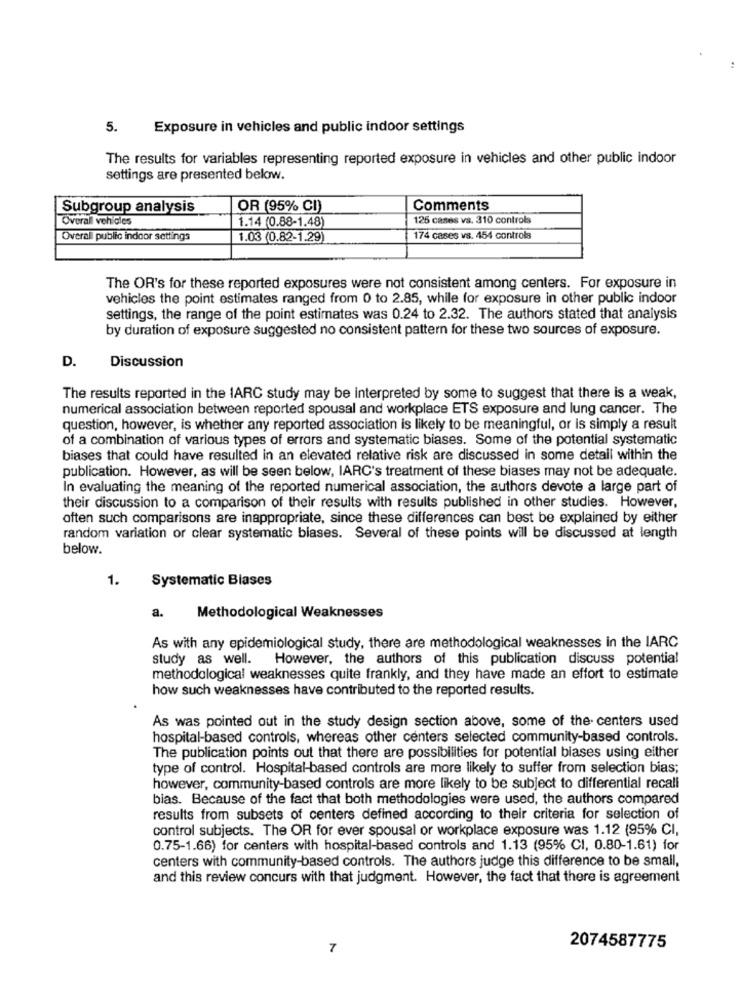
5.
Exposure in vehicles and public indoor settings
The results for variables representing reported exposure in vehicles and other public indoor
settings are presented below.
Subgroup analysis
OR (95% CI)
Comments
Overall vehicles
1.14 (0.88-1.48)
125 cases vs. 310 controls
Overall public indoor settings
1.03 (0.82-1.29)
174 cases vs. 454 controls
The OR's for these reported exposures were not consistent among centers. For exposure in
vehicles the point estimates ranged from 0 to 2.85, while for exposure in other public indoor
settings, the range of the point estimates was 0.24 to 2.32. The authors stated that analysis
by duration of exposure suggested no consistent pattern for these two sources of exposure.
D.
Discussion
The results reported in the IARC study may be interpreted by some to suggest that there is a weak,
numerical association between reported spousal and workplace ETS exposure and lung cancer. The
question, however, is whether any reported association is likely to be meaningful, or is simply a result
of a combination of various types of errors and systematic biases. Some of the potential systematic
biases that could have resulted in an elevated relative risk are discussed in some detall within the
publication. However, as will be seen below, IARC's treatment of these biases may not be adequate.
In evaluating the meaning of the reported numerical association, the authors devote a large part of
their discussion to a comparison of their results with results published in other studies. However,
often such comparisons are inappropriate, since these differences can best be explained by either
random variation or clear systematic biases. Several of these points will be discussed at length
below.
1.
Systematic Blases
a.
Methodological Weaknesses
As with any epidemiological study, there are methodological weaknesses in the IARC
study as well.
However, the authors of this publication discuss potential
methodological weaknesses quite frankly, and they have made an effort to estimate
how such weaknesses have contributed to the reported results.
As was pointed out in the study design section above, some of the centers used
hospital-based controls, whereas other centers selected community-based controls.
The publication points out that there are possibilities for potential biases using either
type of control. Hospital-based controls are more likely to suffer from selection bias;
however, community-based controls are more likely to be subject to differential recall
bias. Because of the fact that both methodologies were used, the authors compared
results from subsets of centers defined according to their criteria for selection of
control subjects. The OR for ever spousal or workplace exposure was 1.12 (95% CI,
0.75-1.66) for centers with hospital-based controls and 1.13 (95% CI, 0.80-1.61) for
centers with community-based controls. The authors judge this difference to be small,
and this review concurs with that judgment. However, the fact that there is agreement
7
2074587775